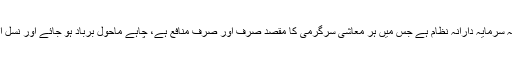
گلوبل وارمنگ کی براہ راست وجہ سرمایہ دارانہ نظام ہے جس میں ہر معاشی سرگرمی کا مقصد صرف اور صرف منافع ہے، چاہے ماحول برباد ہو جائے اور نسل انسان ہی معدوم کیوں نہ ہو جائے۔